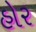
હોર